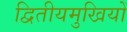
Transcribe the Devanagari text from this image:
द्वितीयमुखियों